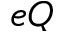
e Q